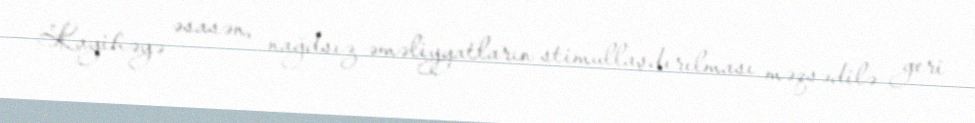
Layihəyə əsasən, nağdsız əməliyyatların stimullaşdırılması məqsədilə geri